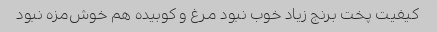
کیفیت پخت برنج زیاد خوب نبود مرغ و کوبیده هم خوش‌مزه نبود